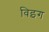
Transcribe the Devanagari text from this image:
विइग